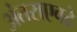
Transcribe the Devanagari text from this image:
अंतराएवढे